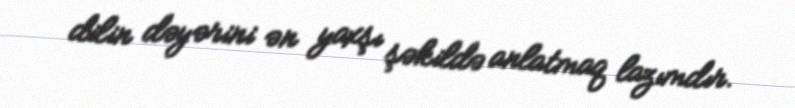
dilin dəyərini ən yaxşı şəkildə anlatmaq lazımdır.